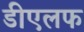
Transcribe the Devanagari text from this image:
डीएलफ